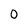
Character: 0